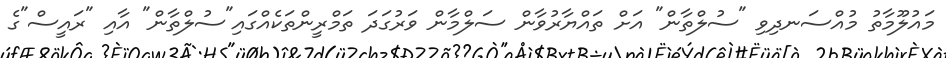
މައުލޫމާތު މުއްސަނދިވި "ސުލްތާން" އަށް ތައްޔާރުވާން ސަލްމާން ވަރުގަދަ ތަމްރީންތަކެއްގައި"ސުލްތާން" އާއި "ރައީސް"ގެ